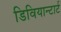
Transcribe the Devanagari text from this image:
डिवियान्टार्ट